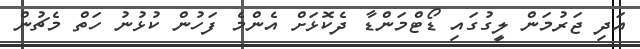
އަދި ޖަރުމަން ލީގުގައި ޑޯޓްމަންޑާ ދެކޮޅަށް އެންމެ ފަހުން ކުޅުނު ހަތް މެޗުން